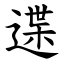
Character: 䢡